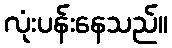
လုံးပန်းနေသည်။